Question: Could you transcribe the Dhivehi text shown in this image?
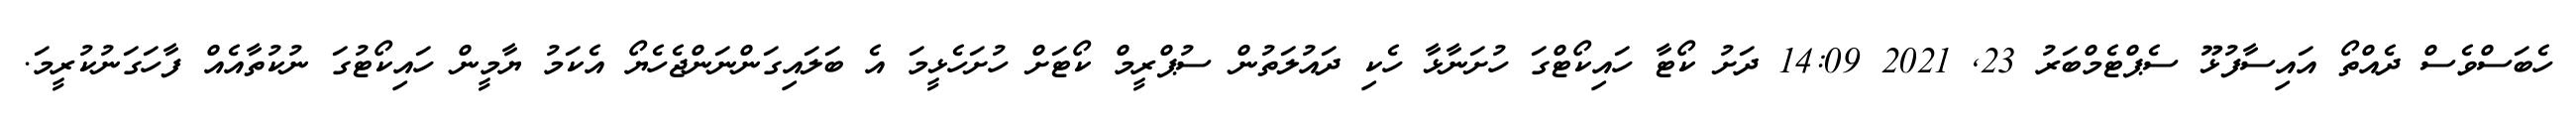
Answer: ހެބަސްވެސް ދެއްތޯ އައިސާފުޅޫ ސެޕްޓެމްބަރު 23, 2021 14:09 ދަށު ކޯޓާ ހައިކޯޓްގަ ހުށަނާޅާ ހެކި ދައުލަތުން ސުޕްރީމް ކޯޓަށް ހުށަހެޅީމަ އެ ބަލައިގަންނަންޖެހެޔޯ އެކަމު ޔާމީން ހައިކޯޓުގަ ނުކުތާއެއް ފާހަގަނުކުރީމަ.